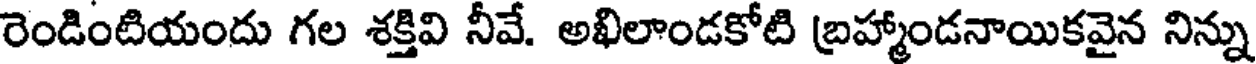
రెండింటియందు గల శక్తివి నీవే. అఖిలాండకోటి బ్రహ్మాండనాయికవైన నిన్ను